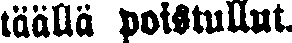
täällä poistullut.